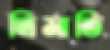
ত্রিমাতি